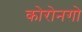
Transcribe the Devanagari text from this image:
कोरोनगो